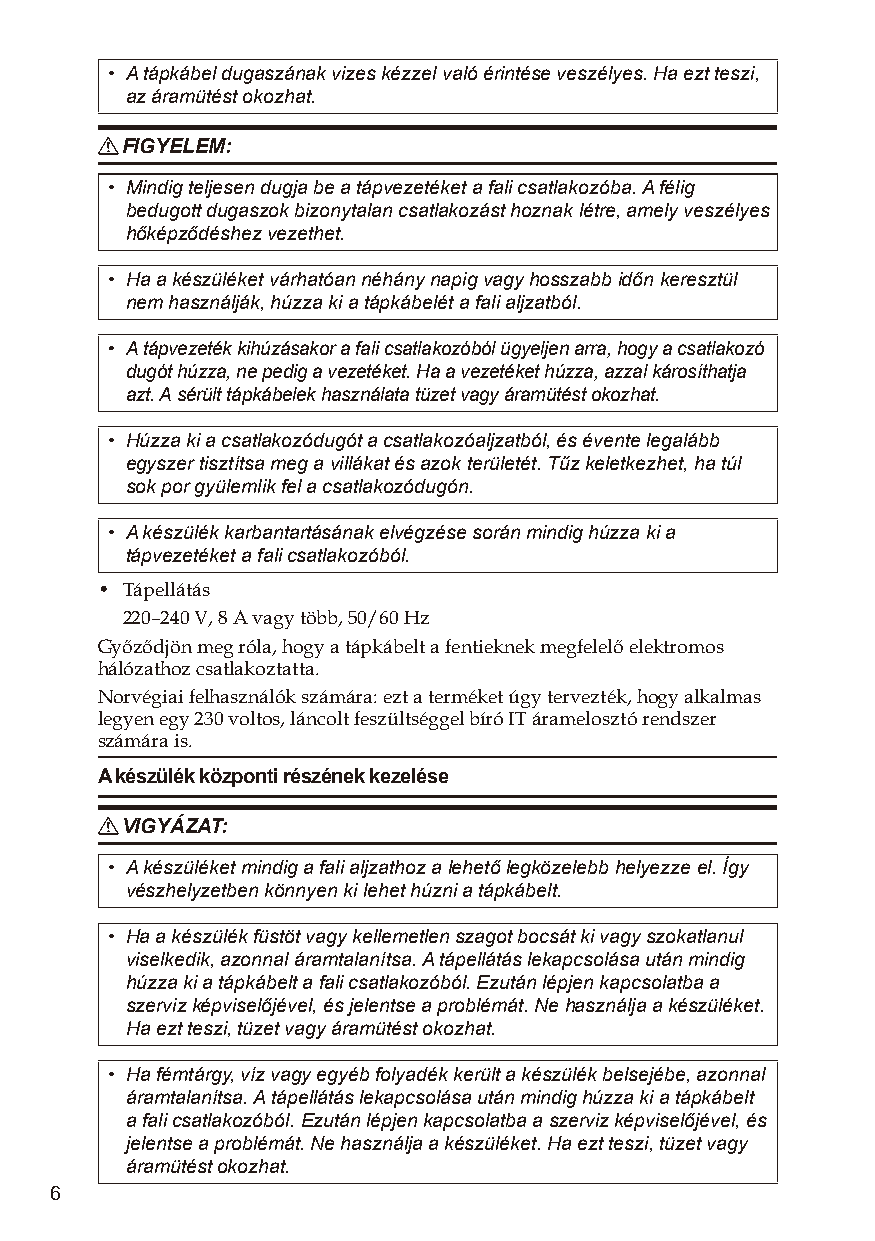
• A tápkábel dugaszának vizes kézzel való érintése veszélyes. Ha ezt teszi,
 az áramütést okozhat.
 R FIGYELEM:
 • Mindig teljesen dugja be a tápvezetéket a fali csatlakozóba. A félig
 bedugott dugaszok bizonytalan csatlakozást hoznak létre, amely veszélyes
 hőképződéshez vezethet.
 • Ha a készüléket várhatóan néhány napig vagy hosszabb időn keresztül
 nem használják, húzza ki a tápkábelét a fali aljzatból.
 • A tápvezeték kihúzásakor a fali csatlakozóból ügyeljen arra, hogy a csatlakozó
 dugót húzza, ne pedig a vezetéket. Ha a vezetéket húzza, azzal károsíthatja
 azt. A sérült tápkábelek használata tüzet vagy áramütést okozhat.
 • Húzza ki a csatlakozódugót a csatlakozóaljzatból, és évente legalább
 egyszer tisztítsa meg a villákat és azok területét. Tűz keletkezhet, ha túl
 sok por gyülemlik fel a csatlakozódugón.
 • A készülék karbantartásának elvégzése során mindig húzza ki a
 tápvezetéket a fali csatlakozóból.
 • Tápellátás
 220–240 V, 8 A vagy több, 50/60 Hz
 Győződjön meg róla, hogy a tápkábelt a fentieknek megfelelő elektromos
 hálózathoz csatlakoztatta.
 Norvégiai felhasználók számára: ezt a terméket úgy tervezték, hogy alkalmas
 legyen egy 230 voltos, láncolt feszültséggel bíró IT áramelosztó rendszer
 számára is.
 A készülék központi részének kezelése
 R VIGYÁZAT:
 • A készüléket mindig a fali aljzathoz a lehető legközelebb helyezze el. Így
 vészhelyzetben könnyen ki lehet húzni a tápkábelt.
 • Ha a készülék füstöt vagy kellemetlen szagot bocsát ki vagy szokatlanul
 viselkedik, azonnal áramtalanítsa. A tápellátás lekapcsolása után mindig
 húzza ki a tápkábelt a fali csatlakozóból. Ezután lépjen kapcsolatba a
 szerviz képviselőjével, és jelentse a problémát. Ne használja a készüléket.
 Ha ezt teszi, tüzet vagy áramütést okozhat.
 • Ha fémtárgy, víz vagy egyéb folyadék került a készülék belsejébe, azonnal
 áramtalanítsa. A tápellátás lekapcsolása után mindig húzza ki a tápkábelt
 a fali csatlakozóból. Ezután lépjen kapcsolatba a szerviz képviselőjével, és
 jelentse a problémát. Ne használja a készüléket. Ha ezt teszi, tüzet vagy
 áramütést okozhat.
 6